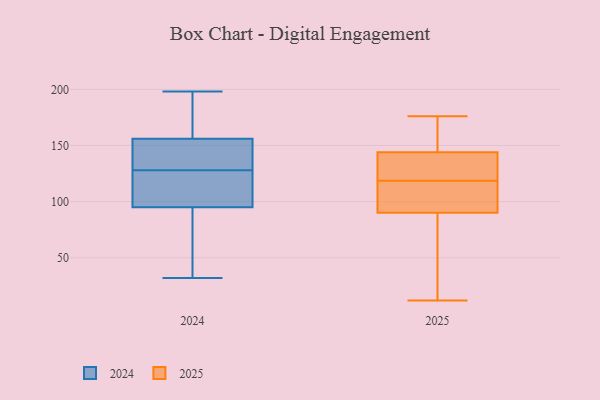
{"axis": {"x": "Operating Costs (USD K)", "y": "Value"}, "legend": ["2024", "2025"], "data": [{"x": "", "y": 156, "type": "2024"}, {"x": "", "y": 52, "type": "2024"}, {"x": "", "y": 96, "type": "2024"}, {"x": "", "y": 32, "type": "2024"}, {"x": "", "y": 95, "type": "2024"}, {"x": "", "y": 155, "type": "2024"}, {"x": "", "y": 176, "type": "2024"}, {"x": "", "y": 90, "type": "2024"}, {"x": "", "y": 154, "type": "2024"}, {"x": "", "y": 117, "type": "2024"}, {"x": "", "y": 198, "type": "2024"}, {"x": "", "y": 100, "type": "2024"}, {"x": "", "y": 170, "type": "2024"}, {"x": "", "y": 139, "type": "2024"}, {"x": "", "y": 113, "type": "2024"}, {"x": "", "y": 180, "type": "2024"}, {"x": "", "y": 148, "type": "2024"}, {"x": "", "y": 52, "type": "2024"}, {"x": "", "y": 65, "type": "2025"}, {"x": "", "y": 144, "type": "2025"}, {"x": "", "y": 90, "type": "2025"}, {"x": "", "y": 118, "type": "2025"}, {"x": "", "y": 119, "type": "2025"}, {"x": "", "y": 139, "type": "2025"}, {"x": "", "y": 160, "type": "2025"}, {"x": "", "y": 91, "type": "2025"}, {"x": "", "y": 12, "type": "2025"}, {"x": "", "y": 176, "type": "2025"}]}